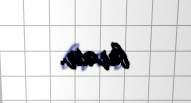
buraxır.